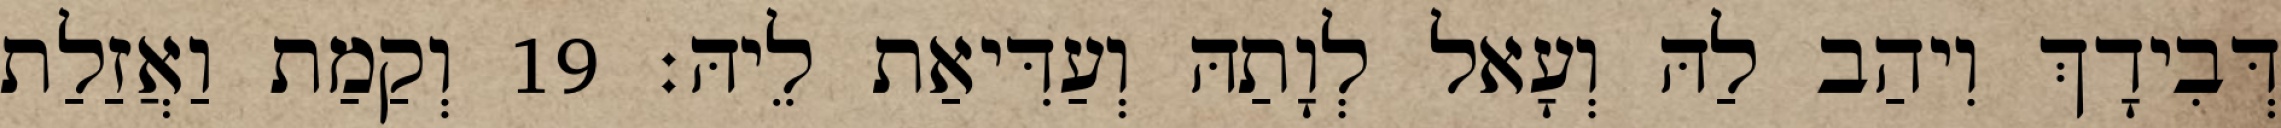
דְּבִידָךְ וִיהַב לַהּ וְעָאל לְוָתַהּ וְעַדִּיאַת לֵיהּ׃ 19 וְקַמַת וַאֲזַלַת